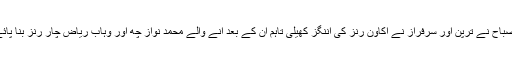
مصباح نے ترپن اور سرفراز نے اکاون رنز کی اننگز کھیلی تاہم ان کے بعد آنے والے محمد نواز چھ اور وہاب ریاض چار رنز بنا پائے۔